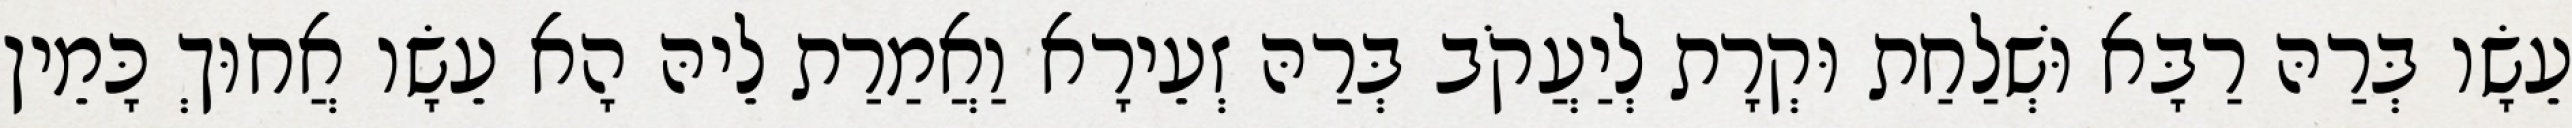
עֵשָׂו בְּרַהּ רַבָּא וּשְׁלַחַת וּקְרָת לְיַעֲקֹב בְּרַהּ זְעֵירָא וַאֲמַרַת לֵיהּ הָא עֵשָׂו אֲחוּךְ כָּמֵין